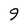
Character: 9